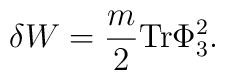
\delta W = {m \over 2} \mbox{Tr} \Phi_3 ^2 .